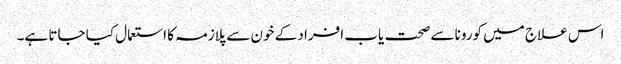
اس علاج میں کورونا سے صحت یاب افراد کے خون سے پلازمہ کا استعمال کیا جاتا ہے۔